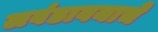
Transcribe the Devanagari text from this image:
लवंडावयाचे